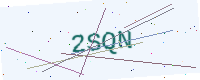
Text: 2SQN